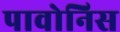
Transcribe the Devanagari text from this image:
पावोनिस